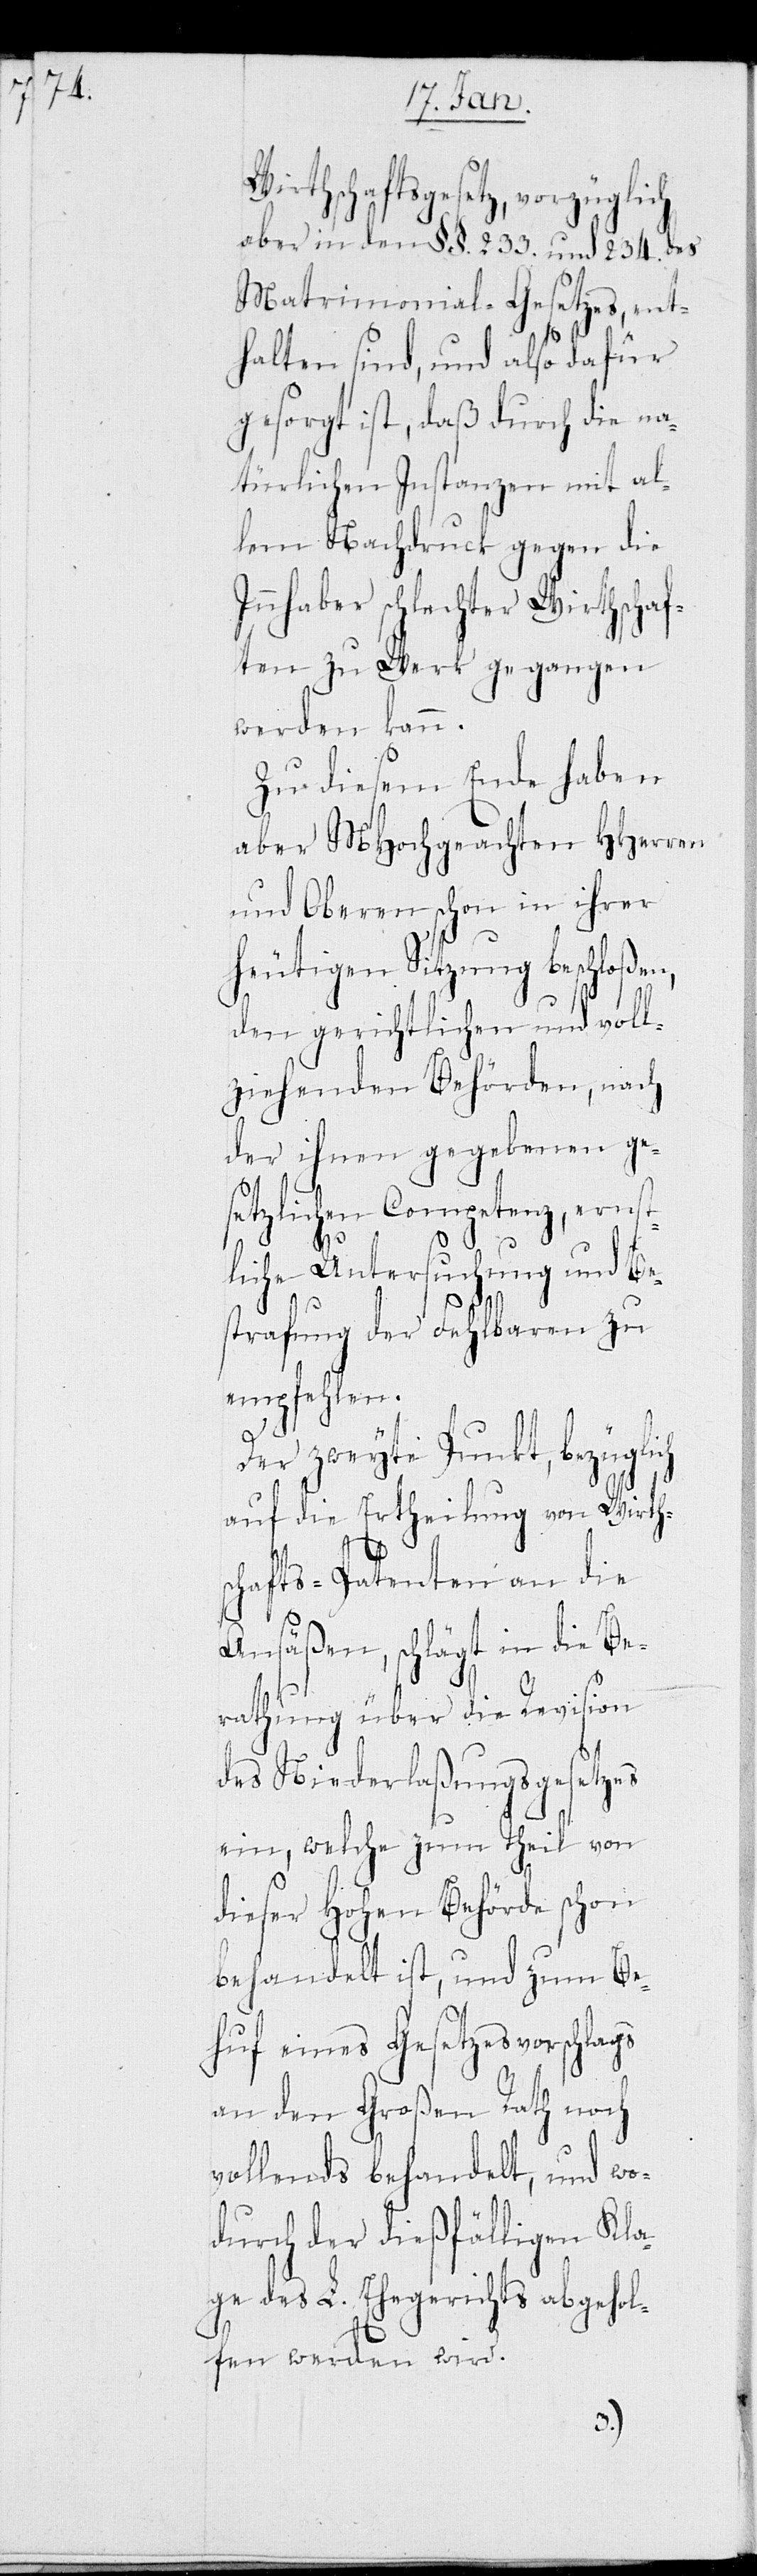
Wirthschaftsgesetz, vorzüglich
aber in den §§. 233. und 234. des
Matrimonial-Gesetzes, ent¬
halten sind, und also dafür
gesorgt ist, daß durch die na¬
türlichen Instanzen mit al¬
lem Nachdruck gegen die
Inhaber schlechter Wirthschaf¬
ten zu Werk gegangen
werden kann.
Zu diesem Ende haben
aber MHochgeachten HHerren
und Oberen schon in ihrer
heutigen Sitzung beschloßen,
den gerichtlichen und voll¬
ziehenden Behörden, nach
der ihnen gegebenen ge¬
setzlichen Competenz, ernst¬
liche Untersuchung und Be¬
strafung der Fehlbaren zu
empfehlen.
Der zweyte Punkt, bezüglich
auf die Ertheilung von Wirths¬
chafts-Patenten an die
Ansäßen, schlägt in die Be¬
rathung über die Revision
des Niederlaßungsgesetzes
ein, welche zum Theil von
dieser Hohen Behörde schon
behandelt ist, und zum Be¬
huf eines Gesetzesvorschlags
an den Großen Rath noch
vollends behandelt, und wo¬
durch der dießfälligen Kla¬
ge des L. Ehegerichts abgehol¬
fen werden wird.